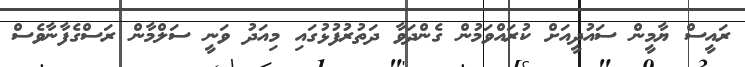
ރައީސް ޔާމީން ސައުދީއަށް ކުރައްވަމުން ގެންދަވާ ދަތުރުފުޅުގައި މިއަދު ވަނީ ސަލްމާން ރަސްގެފާނާވެސް